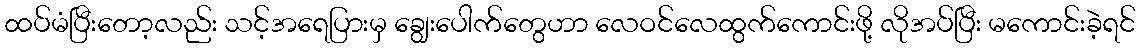
ထပ်မံပြီးတော့လည်း သင့်အရေပြားမှ ချွေးပေါက်တွေဟာ လေဝင်လေထွက်ကောင်းဖို့ လိုအပ်ပြီး မကောင်းခဲ့ရင်